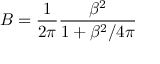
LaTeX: B = \frac { 1 } { 2 \pi } \frac { \beta ^ { 2 } } { 1 + \beta ^ { 2 } / 4 \pi }